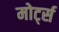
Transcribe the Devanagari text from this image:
मोर्ट्स